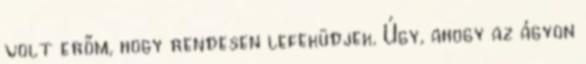
volt erőm, hogy rendesen lefeküdjek. Úgy, ahogy az ágyon